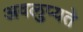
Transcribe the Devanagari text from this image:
अवलुप्यते